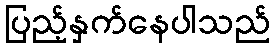
ပြည့်နှက်နေပါသည်